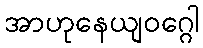
အာဟုနေယျဝဂ္ဂေါ